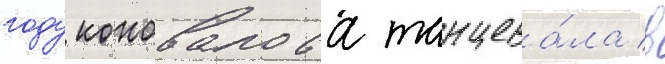
году коновалова танцева́ла в